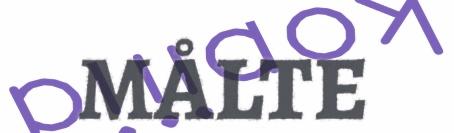
MÅLTE